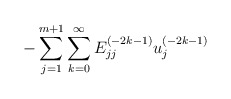
\begin{align*}{-\sum_{j=1}^{m+1} \sum_{k=0}^{\infty} E^{(-2k-1)}_{jj}u^{(-2k-1)}_j}\end{align*}